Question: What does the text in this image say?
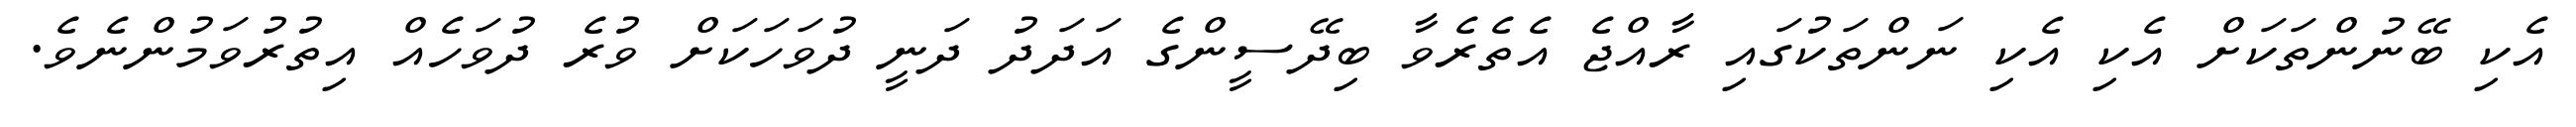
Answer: އެކި ބޭނުންތަކަށް އެކި އެކި ނަންތަކުގައި ރާއްޖެ އެތެރެވާ ބިދޭސީންގެ އަދަދު ދަނީ ދުވަހަކަށް ވުރެ ދުވަހެއް އިތުރުވަމުންނެވެ.